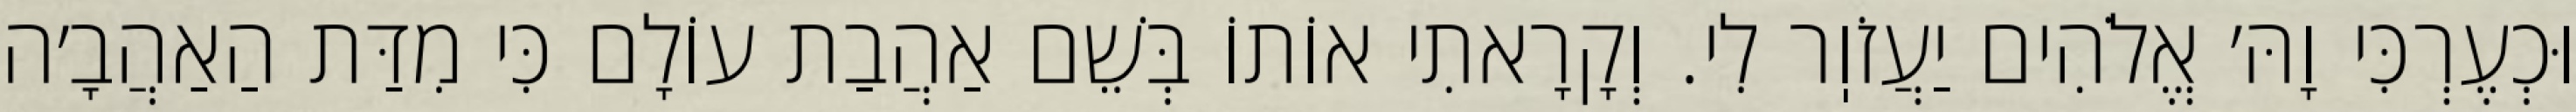
וּכְעֶרְכִּי וָהּ׳ אֱלֹהִים יַעֲזֹוֽר לִי. וְקָרָאתִי אוֹתוֹ בְּשֵׁם אַהֲבַת עוֹלָם כִּי מִדַּת הַאַהֲבָ׳ה